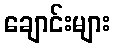
ချောင်းများ